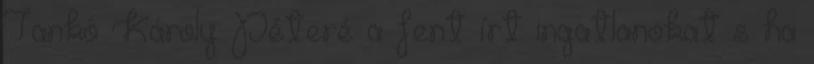
Tankó Károly Péteré a fent írt ingatlanokat s ha